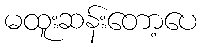
မထူးဆန်းတော့ပေ